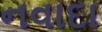
નવાદા